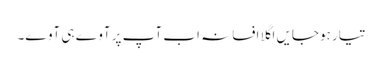
تیار ہوجایں اگلا افسانہ اب آپ پر آوے ہی آوے۔